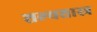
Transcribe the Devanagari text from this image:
शल्यशास्त्र